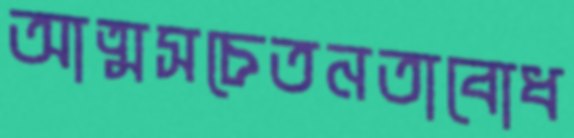
আত্মসচেতনতাবোধ